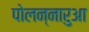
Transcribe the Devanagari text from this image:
पोलन्नारुआ